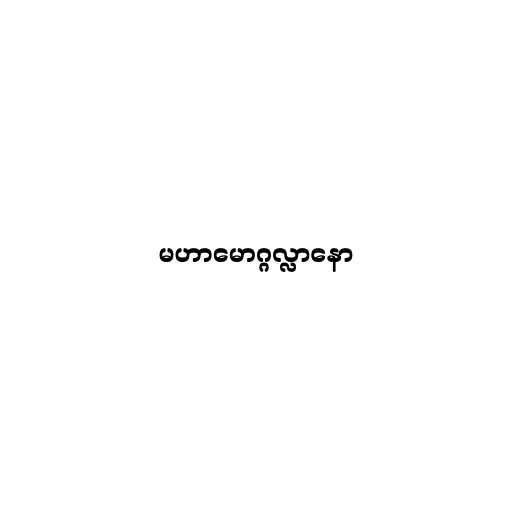
မဟာမောဂ္ဂလ္လာနော